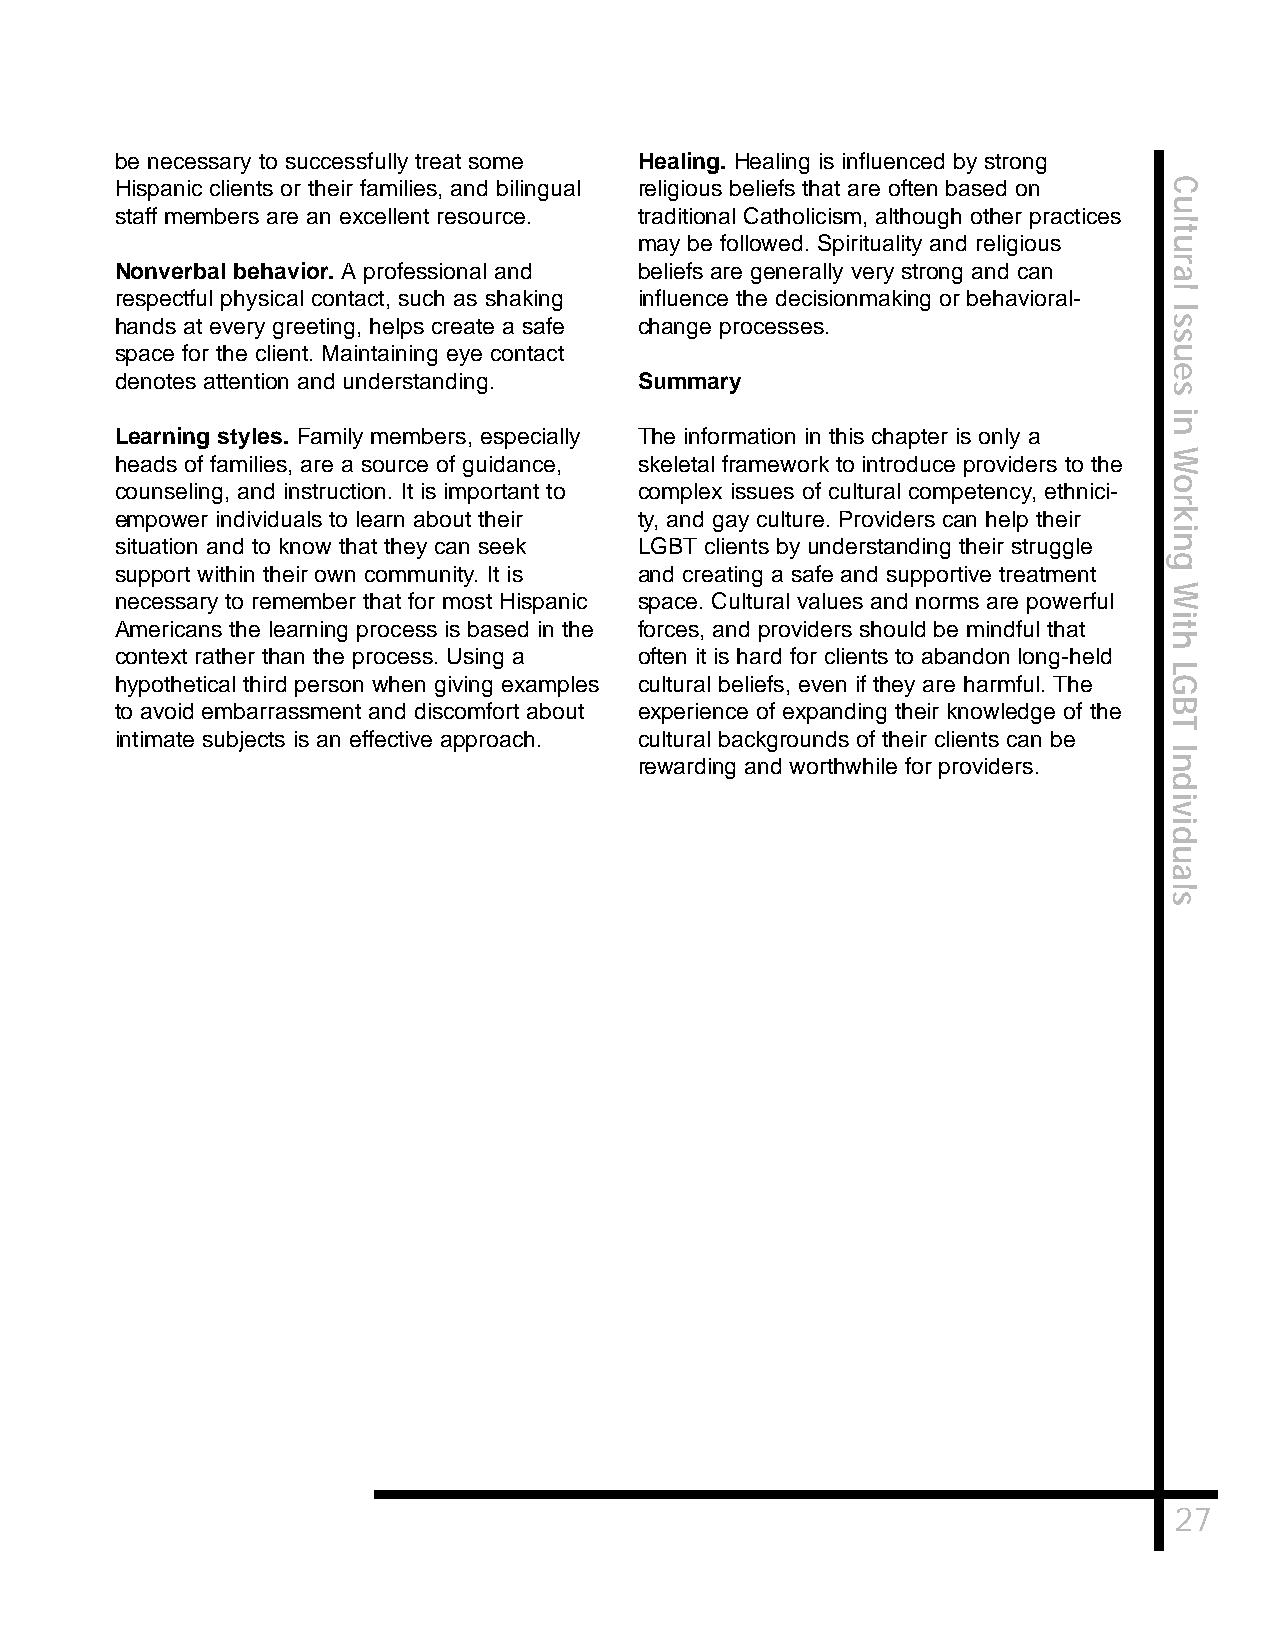
be necessary to successfully treat some Healing. Healing is influenced by strong
 Hispanic clients or their families, and bilingual religious beliefs that are often based on C
 u
 staff members are an excellent resource. traditional Catholicism, although other practices
 l
 t
 may be followed. Spirituality and religious u
 r
 Nonverbal behavior. A professional and beliefs are generally very strong and can a
 respectful physical contact, such as shaking influence the decisionmaking or behavioral- l
 I
 hands at every greeting, helps create a safe change processes.       s
 s
 space for the client. Maintaining eye contact                        u
 e
 denotes attention and understanding. Summary
 s
 i
 n
 Learning styles. Family members, especially The information in this chapter is only a
 W
 heads of families, are a source of guidance, skeletal framework to introduce providers to the
 o
 counseling, and instruction. It is important to complex issues of cultural competency, ethnici-
 r
 empower individuals to learn about their ty, and gay culture. Providers can help their k
 i
 situation and to know that they can seek LGBT clients by understanding their struggle n
 g
 support within their own community. It is and creating a safe and supportive treatment
 W
 necessary to remember that for most Hispanic space. Cultural values and norms are powerful
 i
 Americans the learning process is based in the forces, and providers should be mindful that t
 h
 context rather than the process. Using a often it is hard for clients to abandon long-held
 L
 hypothetical third person when giving examples cultural beliefs, even if they are harmful. The G
 to avoid embarrassment and discomfort about experience of expanding their knowledge of the B
 T
 intimate subjects is an effective approach. cultural backgrounds of their clients can be
 I
 rewarding and worthwhile for providers. n
 d
 i
 v
 i
 d
 u
 a
 l
 s
 27